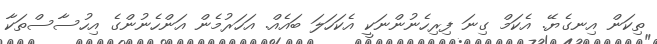
ތިކަން އިނގެޔޭ. އެކަމް ގިނަ ފިރިހެނުންނަކީ އެކަހަލަ ބައެއް. އަހަރުމެން އަންހެނުންގެ އިހުސާސްތަކާ